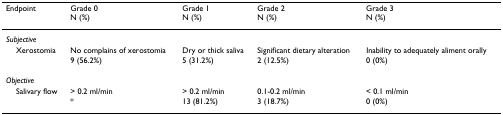
| Endpoint | Grade 0N (%) | Grade 1N (%) | Grade 2N (%) | Grade 3N (%) |
 | --- | --- | --- | --- | --- |
 | Subjective |  |  |  |  |
 | Xerostomia | No complains of xerostomia | Dry or thick saliva | Significant dietary alteration | Inability to adequately aliment orally |
 |  | 9 (56.2%) | 5 (31.2%) | 2 (12.5%) | 0 (0%) |
 | Objective |  |  |  |  |
 | Salivary flow | > 0.2 ml/min | > 0.2 ml/min | 0.1-0.2 ml/min | < 0.1 ml/min |
 |  | * | 13 (81.2%) | 3 (18.7%) | 0 (0%) |